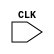
`timescale 1ns / 1ps
//////////////////////////////////////////////////////////////////////////////////
// Company: 
// Engineer: 
// 
// Design Name: 
// Module Name: seven_segment
// Project Name: 
// Target Devices: 
// Tool Versions: 
// Description: 
// 
// Dependencies: 
// 
// Revision:
// Revision 0.01 - File Created
// Additional Comments:
// 
//////////////////////////////////////////////////////////////////////////////////


module seven_segment(
    input CLK
    );
endmodule